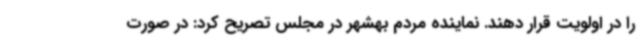
را در اولویت قرار دهند. نماینده مردم بهشهر در مجلس تصریح کرد: در صورت